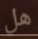
هل